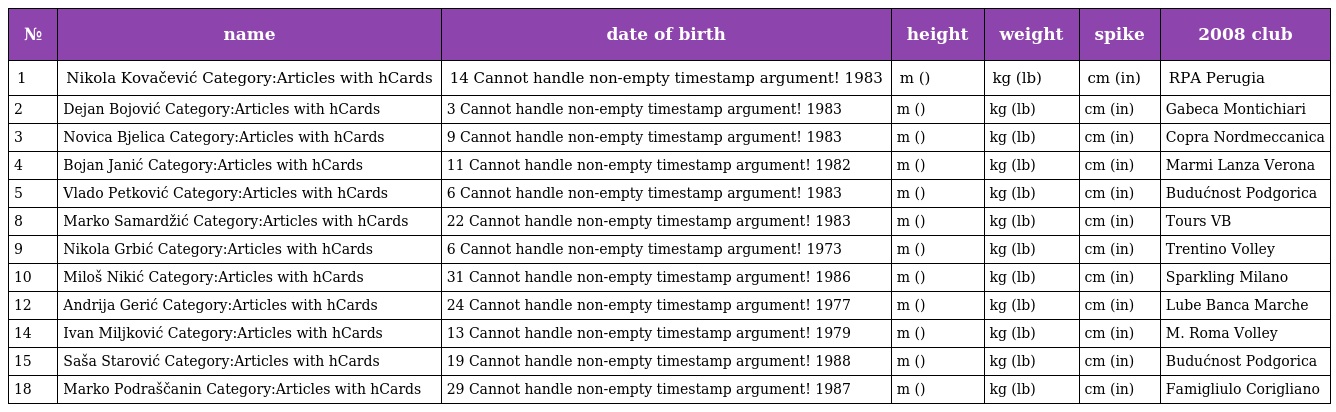
| № | name | date of birth | height | weight | spike | 2008 club |
 | --- | --- | --- | --- | --- | --- | --- |
 | 1 | Nikola Kovačević Category:Articles with hCards | 14 Cannot handle non-empty timestamp argument! 1983 | m () | kg (lb) | cm (in) | RPA Perugia |
 | 2 | Dejan Bojović Category:Articles with hCards | 3 Cannot handle non-empty timestamp argument! 1983 | m () | kg (lb) | cm (in) | Gabeca Montichiari |
 | 3 | Novica Bjelica Category:Articles with hCards | 9 Cannot handle non-empty timestamp argument! 1983 | m () | kg (lb) | cm (in) | Copra Nordmeccanica |
 | 4 | Bojan Janić Category:Articles with hCards | 11 Cannot handle non-empty timestamp argument! 1982 | m () | kg (lb) | cm (in) | Marmi Lanza Verona |
 | 5 | Vlado Petković Category:Articles with hCards | 6 Cannot handle non-empty timestamp argument! 1983 | m () | kg (lb) | cm (in) | Budućnost Podgorica |
 | 8 | Marko Samardžić Category:Articles with hCards | 22 Cannot handle non-empty timestamp argument! 1983 | m () | kg (lb) | cm (in) | Tours VB |
 | 9 | Nikola Grbić Category:Articles with hCards | 6 Cannot handle non-empty timestamp argument! 1973 | m () | kg (lb) | cm (in) | Trentino Volley |
 | 10 | Miloš Nikić Category:Articles with hCards | 31 Cannot handle non-empty timestamp argument! 1986 | m () | kg (lb) | cm (in) | Sparkling Milano |
 | 12 | Andrija Gerić Category:Articles with hCards | 24 Cannot handle non-empty timestamp argument! 1977 | m () | kg (lb) | cm (in) | Lube Banca Marche |
 | 14 | Ivan Miljković Category:Articles with hCards | 13 Cannot handle non-empty timestamp argument! 1979 | m () | kg (lb) | cm (in) | M. Roma Volley |
 | 15 | Saša Starović Category:Articles with hCards | 19 Cannot handle non-empty timestamp argument! 1988 | m () | kg (lb) | cm (in) | Budućnost Podgorica |
 | 18 | Marko Podraščanin Category:Articles with hCards | 29 Cannot handle non-empty timestamp argument! 1987 | m () | kg (lb) | cm (in) | Famigliulo Corigliano |